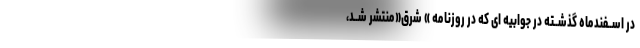
در اســفندماه گذشــته در جوابیه ای که در روزنامه » شرق«منتشر شــد،